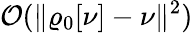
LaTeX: {\cal O}(\| \varrho_{\mathrm{0}}[\nu]-\nu\| ^{2})